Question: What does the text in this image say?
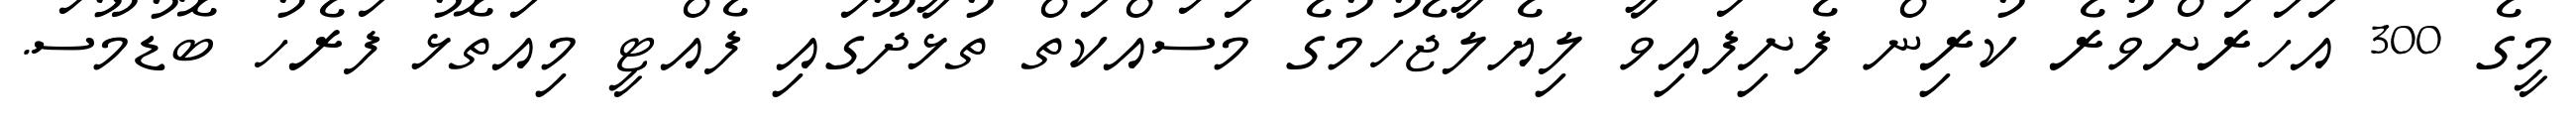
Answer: މީގެ 300 އަހަރަށްވުރެ ކުރިން ފެށިފައިވާ ލިޔެލާޖެހުމުގެ މަސައްކަތް ތުޅާދޫގައި ފެއްޓީ މިއަތޮޅު ފަރެހު ބޮޑުމޫސަ.